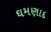
ઘમણાદ